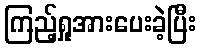
ကြည့်ရှုအားပေးခဲ့ပြီး